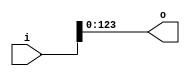
// This program was cloned from: https://github.com/NYU-MLDA/OpenABC
// License: BSD 3-Clause "New" or "Revised" License

module bsg_array_concentrate_static_3_62
(
  i,
  o
);

  input [185:0] i;
  output [123:0] o;
  wire [123:0] o;
  assign o[123] = i[123];
  assign o[122] = i[122];
  assign o[121] = i[121];
  assign o[120] = i[120];
  assign o[119] = i[119];
  assign o[118] = i[118];
  assign o[117] = i[117];
  assign o[116] = i[116];
  assign o[115] = i[115];
  assign o[114] = i[114];
  assign o[113] = i[113];
  assign o[112] = i[112];
  assign o[111] = i[111];
  assign o[110] = i[110];
  assign o[109] = i[109];
  assign o[108] = i[108];
  assign o[107] = i[107];
  assign o[106] = i[106];
  assign o[105] = i[105];
  assign o[104] = i[104];
  assign o[103] = i[103];
  assign o[102] = i[102];
  assign o[101] = i[101];
  assign o[100] = i[100];
  assign o[99] = i[99];
  assign o[98] = i[98];
  assign o[97] = i[97];
  assign o[96] = i[96];
  assign o[95] = i[95];
  assign o[94] = i[94];
  assign o[93] = i[93];
  assign o[92] = i[92];
  assign o[91] = i[91];
  assign o[90] = i[90];
  assign o[89] = i[89];
  assign o[88] = i[88];
  assign o[87] = i[87];
  assign o[86] = i[86];
  assign o[85] = i[85];
  assign o[84] = i[84];
  assign o[83] = i[83];
  assign o[82] = i[82];
  assign o[81] = i[81];
  assign o[80] = i[80];
  assign o[79] = i[79];
  assign o[78] = i[78];
  assign o[77] = i[77];
  assign o[76] = i[76];
  assign o[75] = i[75];
  assign o[74] = i[74];
  assign o[73] = i[73];
  assign o[72] = i[72];
  assign o[71] = i[71];
  assign o[70] = i[70];
  assign o[69] = i[69];
  assign o[68] = i[68];
  assign o[67] = i[67];
  assign o[66] = i[66];
  assign o[65] = i[65];
  assign o[64] = i[64];
  assign o[63] = i[63];
  assign o[62] = i[62];
  assign o[61] = i[61];
  assign o[60] = i[60];
  assign o[59] = i[59];
  assign o[58] = i[58];
  assign o[57] = i[57];
  assign o[56] = i[56];
  assign o[55] = i[55];
  assign o[54] = i[54];
  assign o[53] = i[53];
  assign o[52] = i[52];
  assign o[51] = i[51];
  assign o[50] = i[50];
  assign o[49] = i[49];
  assign o[48] = i[48];
  assign o[47] = i[47];
  assign o[46] = i[46];
  assign o[45] = i[45];
  assign o[44] = i[44];
  assign o[43] = i[43];
  assign o[42] = i[42];
  assign o[41] = i[41];
  assign o[40] = i[40];
  assign o[39] = i[39];
  assign o[38] = i[38];
  assign o[37] = i[37];
  assign o[36] = i[36];
  assign o[35] = i[35];
  assign o[34] = i[34];
  assign o[33] = i[33];
  assign o[32] = i[32];
  assign o[31] = i[31];
  assign o[30] = i[30];
  assign o[29] = i[29];
  assign o[28] = i[28];
  assign o[27] = i[27];
  assign o[26] = i[26];
  assign o[25] = i[25];
  assign o[24] = i[24];
  assign o[23] = i[23];
  assign o[22] = i[22];
  assign o[21] = i[21];
  assign o[20] = i[20];
  assign o[19] = i[19];
  assign o[18] = i[18];
  assign o[17] = i[17];
  assign o[16] = i[16];
  assign o[15] = i[15];
  assign o[14] = i[14];
  assign o[13] = i[13];
  assign o[12] = i[12];
  assign o[11] = i[11];
  assign o[10] = i[10];
  assign o[9] = i[9];
  assign o[8] = i[8];
  assign o[7] = i[7];
  assign o[6] = i[6];
  assign o[5] = i[5];
  assign o[4] = i[4];
  assign o[3] = i[3];
  assign o[2] = i[2];
  assign o[1] = i[1];
  assign o[0] = i[0];

endmodule